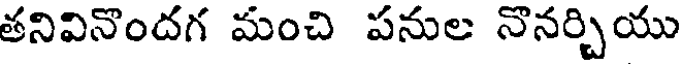
తనివినొందగ మంచి పనుల నొనర్చియు